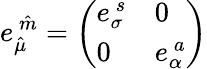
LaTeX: {e_{\hat{\mu}}^{\ \hat{m}}=\left(\begin{array}{ll}{{e_{\sigma}^{\ s}}}&{{0}}\\ {{0}}&{{e_{\alpha}^{\ a}}}\end{array}\right)}